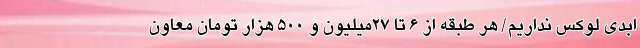
ابدی لوکس نداریم/ هر طبقه از 6 تا ۲۷میلیون و ۵۰۰ هزار تومان معاون